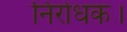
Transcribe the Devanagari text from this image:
निरोधक।